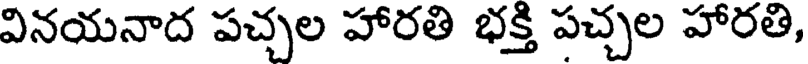
వినయనాద పచ్చల హారతి భక్తి పచ్చల హారతి,